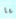
يا